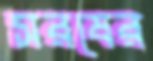
সরষের